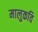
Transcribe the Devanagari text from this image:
मालुकवि